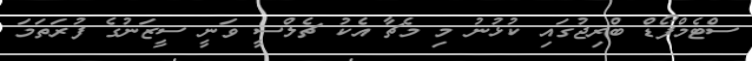
ސްޓެމްފޯޑް ބްރިޖުގައި ކުޅުނު މި މެޗާ އެކު ޗެލްސީ ވަނީ ސީޒަނުގެ ފުރަތަމަ